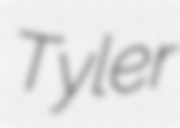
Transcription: Tyler